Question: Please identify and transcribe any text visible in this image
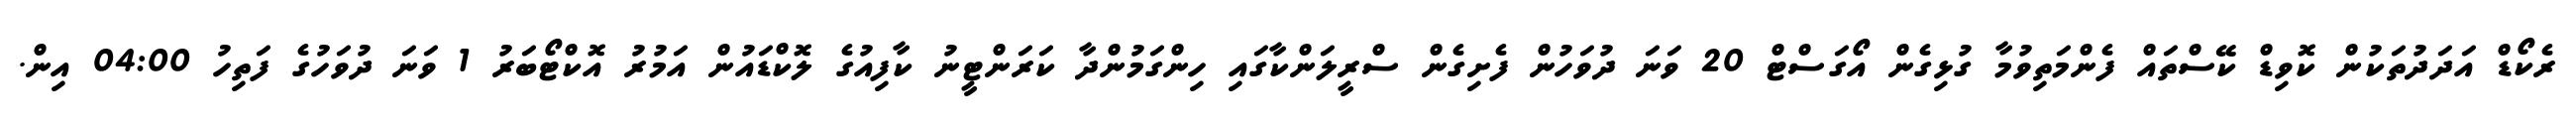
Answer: ރެކޯޑް އަދަދުތަކުން ކޮވިޑް ކޭސްތައް ފެންމަތިވުމާ ގުޅިގެން އޯގަސްޓް 20 ވަނަ ދުވަހުން ފެށިގެން ސްރީލަންކާގައި ހިންގަމުންދާ ކަރަންޓީނު ކާފިއުގެ ލޮކްޑައުން އަމުރު އޮކްޓޯބަރު 1 ވަނަ ދުވަހުގެ ފަތިހު 04:00 އިން.